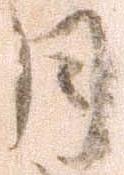
月